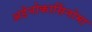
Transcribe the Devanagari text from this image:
अडेनोकार्सिनोमा